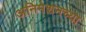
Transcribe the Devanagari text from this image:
अनिमेशनच्या